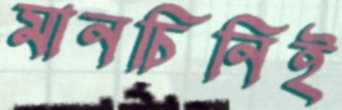
মানচিনিই